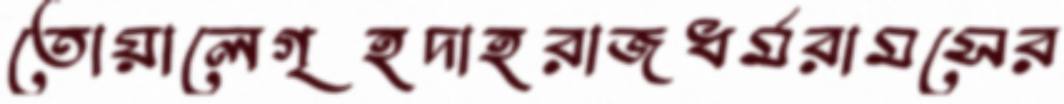
তোয়ালেগৃহদাহরাজধর্মরামসের